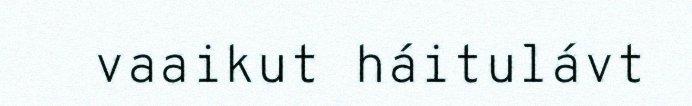
vaaikut háitulávt